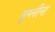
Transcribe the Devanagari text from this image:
यूग्लीना